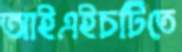
আইএইচটিতে